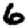
Digit: 6